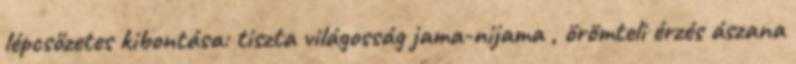
lépcsőzetes kibontása: tiszta világosság jama-nijama , örömteli érzés ászana